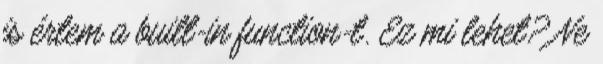
is értem a built-in function-t. Ez mi lehet? Ne